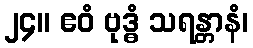
၂၄။ ဧဝံ ဗုဒ္ဓံ သရန္တာနံ၊